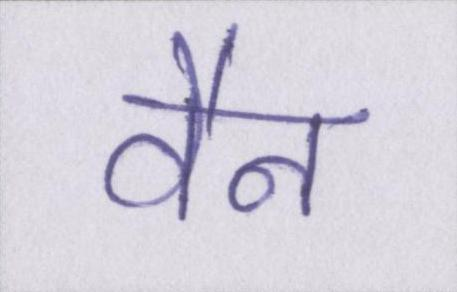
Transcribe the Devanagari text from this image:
वैन